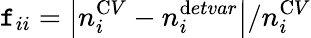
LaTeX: \mathtt{f}_{ii}=\left|n_{i}^{\textrm{C}V}-n_{i}^{\textrm{d}etvar}\right|/n_{i}^{\textrm{C}V}